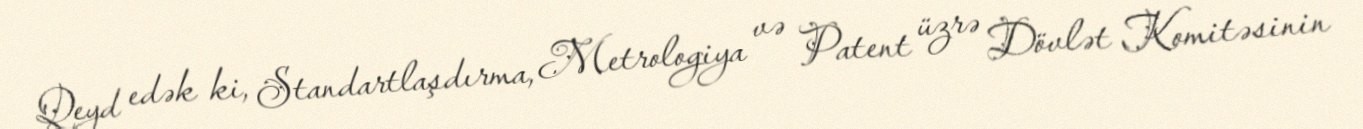
Qeyd edək ki, Standartlaşdırma, Metrologiya və Patent üzrə Dövlət Komitəsinin